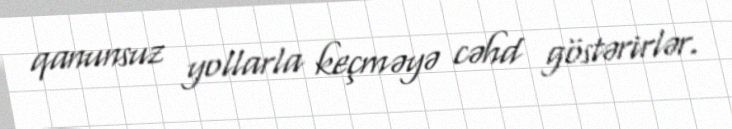
qanunsuz yollarla keçməyə cəhd göstərirlər.